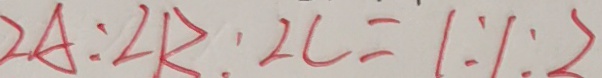
2 A : 2 R : 2 C = 1 : 1 : 2